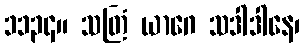
၁၁၃၄။ သတြံ ယာဂေ သဒါဒါနေ၊